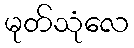
မုတ်သုံလေ